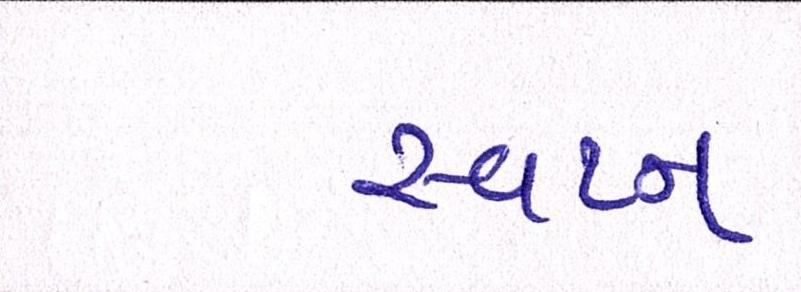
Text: સ્વપ્ન